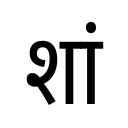
OCR:
शां